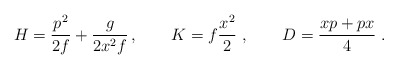
\begin{align*}H= {p^2\over 2f} + {g\over 2x^2f}\, , \qquad K= f {x^2\over 2} \ , \qquad D={xp+px\over 4} \ .\end{align*}